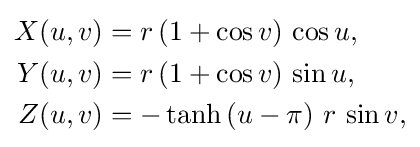
{\begin{aligned}X(u,v)&=r\,(1+\cos v)\,\cos u,\\Y(u,v)&=r\,(1+\cos v)\,\sin u,\\Z(u,v)&=-\operatorname {tanh} \left(u-\pi \right)\,r\,\sin v,\end{aligned}}